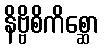
နိဗ္ဗိစိကိစ္ဆော